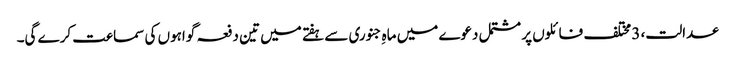
عدالت، 3 مختلف فائلوں پر مشتمل دعوے میں ماہِ جنوری سے ہفتے میں تین دفعہ گواہوں کی سماعت کرے گی۔